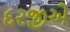
દરજીએ